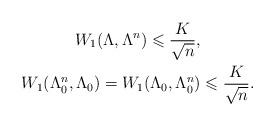
LaTeX: \begin{gather*}W_1(\Lambda,\Lambda^n)\leqslant \dfrac{K}{\sqrt{n}},\\W_1(\Lambda_0^n,\Lambda_0)=W_1(\Lambda_0,\Lambda_0^n)\leqslant \dfrac{K}{\sqrt{n}}.\end{gather*}